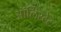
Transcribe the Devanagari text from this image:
ऑर्लिस्टेट